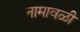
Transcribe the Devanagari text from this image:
नामावळी